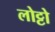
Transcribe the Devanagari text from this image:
लोट्टो